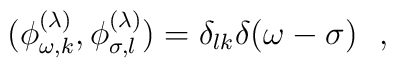
(\phi^{(\lambda)}_{\omega,k},\phi^{(\lambda)}_{\sigma,l})=\delta_{lk}\delta(\omega-\sigma)~~,